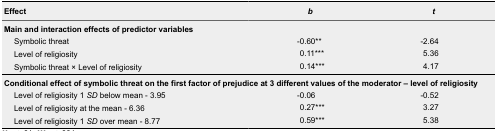
<table><thead><tr><td><b>Effect</b></td><td><b><i>b</i></b></td><td><b><i>t</i></b></td></tr></thead><tbody><tr><td colspan="3"><b>Main and interaction effects of predictor variables</b></td></tr><tr><td>Symbolic threat</td><td>-0.60**</td><td>-2.64</td></tr><tr><td>Level of religiosity</td><td>0.11***</td><td>5.36</td></tr><tr><td>Symbolic threat × Level of religiosity</td><td>0.14***</td><td>4.17</td></tr><tr><td colspan="3"><b>Conditional effect of symbolic threat on the first factor of prejudice at 3 different values of the moderator – level of religiosity</b></td></tr><tr><td>Level of religiosity 1 <i>SD</i> below mean - 3.95</td><td>-0.06</td><td>-0.52</td></tr><tr><td>Level of religiosity at the mean - 6.36</td><td>0.27***</td><td>3.27</td></tr><tr><td>Level of religiosity 1 <i>SD</i> over mean - 8.77</td><td>0.59***</td><td>5.38</td></tr></tbody></table>